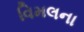
વિમલના